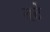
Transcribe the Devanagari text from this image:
तटें